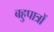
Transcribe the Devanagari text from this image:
बहुपात्रों